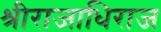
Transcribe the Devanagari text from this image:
श्रीराजाधिराज